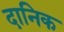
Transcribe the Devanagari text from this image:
दानिक